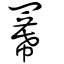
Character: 羃